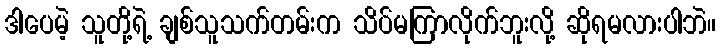
ဒါပေမဲ့ သူတို့ရဲ့ ချစ်သူသက်တမ်းက သိပ်မကြာလိုက်ဘူးလို့ ဆိုရမလားပါဘဲ။